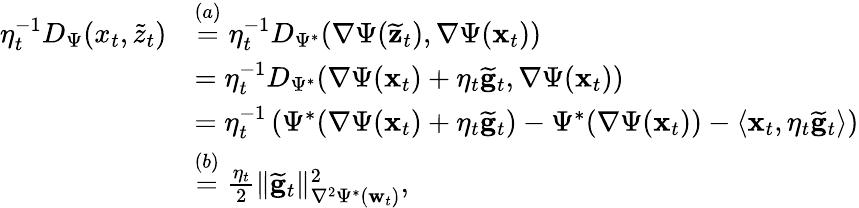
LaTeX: \begin{array}{rl}{\eta_{t}^{-1}D_{\Psi}(x_{t},\widetilde{z}_{t})}&{\stackrel{(a)}=\eta_{t}^{-1}D_{\Psi^{*}}(\nabla\Psi(\widetilde{\mathbf z}_{t}),\nabla\Psi(\mathbf x_{t}))}\\ &{=\eta_{t}^{-1}D_{\Psi^{*}}(\nabla\Psi(\mathbf x_{t})+\eta_{t}\widetilde{\mathbf g}_{t},\nabla\Psi(\mathbf x_{t}))}\\ &{=\eta_{t}^{-1}\left(\Psi^{*}(\nabla\Psi(\mathbf x_{t})+\eta_{t}\widetilde{\mathbf g}_{t})-\Psi^{*}(\nabla\Psi(\mathbf x_{t}))-\langle\mathbf x_{t},\eta_{t}\widetilde{\mathbf g}_{t}\rangle\right)}\\ &{\stackrel{(b)}=\frac{\eta_{t}}2\Vert\widetilde{\mathbf g}_{t}\Vert_{\nabla^{2}\Psi^{*}(\mathbf w_{t})}^{2},}\end{array}